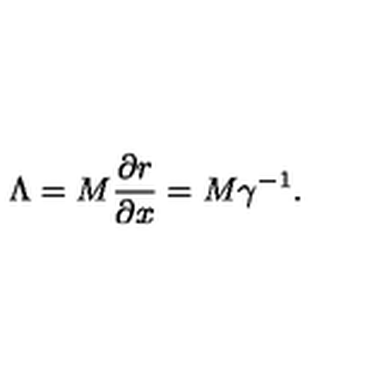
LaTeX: \Lambda = M \frac { \partial r } { \partial x } = M \gamma ^ { - 1 } .